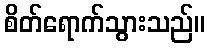
စိတ်ရောက်သွားသည်။